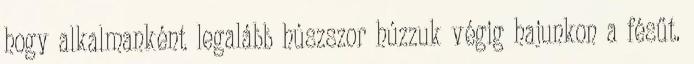
hogy alkalmanként legalább húszszor húzzuk végig hajunkon a fésűt.